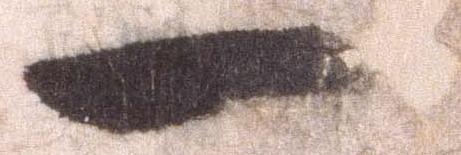
一